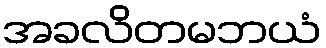
အခလိတမဘယံ